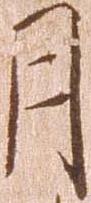
月